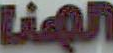
الجمنا